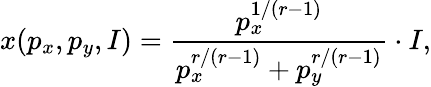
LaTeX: x(p_{x},p_{y},I)={\frac{p_{x}^{1/(r-1)}}{p_{x}^{r/(r-1)}+p_{y}^{r/(r-1)}}}\cdot I,